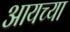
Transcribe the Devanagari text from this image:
आयच्या